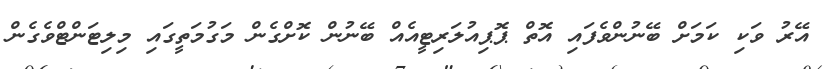
އޭރު ވަކި ކަމަށް ބޭނުންވެފައި އޮތް ޕޮޕިއުލަރިޓީއެއް ބޭނުން ކޮށްގެން މަގުމަތީގައި މިލިޓަންޓްވެގެން